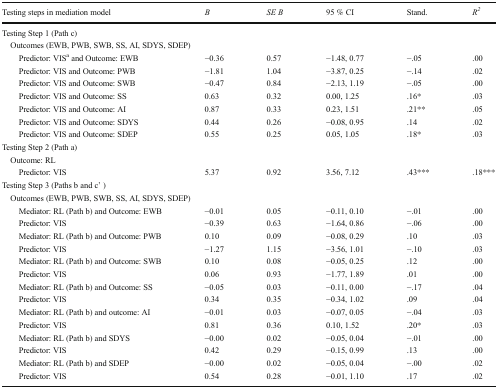
<table><thead><tr><td><b>Testing steps in mediation model</b></td><td><b><i>B</i></b></td><td><b><i>SE B</i></b></td><td><b>95 % CI</b></td><td><b>Stand.</b></td><td><b><i>R</i><sup><i>2</i></sup></b></td></tr></thead><tbody><tr><td colspan="6">Testing Step 1 (Path c)</td></tr><tr><td colspan="6"> Outcomes (EWB, PWB, SWB, SS, AI, SDYS, SDEP)</td></tr><tr><td>Predictor: VIS<sup>a</sup> and Outcome: EWB</td><td>−0.36</td><td>0.57</td><td>−1.48, 0.77</td><td>−.05</td><td>.00</td></tr><tr><td>Predictor: VIS and Outcome: PWB</td><td>−1.81</td><td>1.04</td><td>−3.87, 0.25</td><td>−.14</td><td>.02</td></tr><tr><td>Predictor: VIS and Outcome: SWB</td><td>−0.47</td><td>0.84</td><td>−2.13, 1.19</td><td>−.05</td><td>.00</td></tr><tr><td>Predictor: VIS and Outcome: SS</td><td>0.63</td><td>0.32</td><td>0.00, 1.25</td><td>.16*</td><td>.03</td></tr><tr><td>Predictor: VIS and Outcome: AI</td><td>0.87</td><td>0.33</td><td>0.23, 1.51</td><td>.21**</td><td>.05</td></tr><tr><td>Predictor: VIS and Outcome: SDYS</td><td>0.44</td><td>0.26</td><td>−0.08, 0.95</td><td>.14</td><td>.02</td></tr><tr><td>Predictor: VIS and Outcome: SDEP</td><td>0.55</td><td>0.25</td><td>0.05, 1.05</td><td>.18*</td><td>.03</td></tr><tr><td colspan="6">Testing Step 2 (Path a)</td></tr><tr><td colspan="6"> Outcome: RL</td></tr><tr><td>Predictor: VIS</td><td>5.37</td><td>0.92</td><td>3.56, 7.12</td><td>.43***</td><td>.18***</td></tr><tr><td colspan="6">Testing Step 3 (Paths b and c’ )</td></tr><tr><td colspan="6"> Outcomes (EWB, PWB, SWB, SS, AI, SDYS, SDEP)</td></tr><tr><td>Mediator: RL (Path b) and Outcome: EWB</td><td>−0.01</td><td>0.05</td><td>−0.11, 0.10</td><td>−.01</td><td>.00</td></tr><tr><td>Predictor: VIS</td><td>−0.39</td><td>0.63</td><td>−1.64, 0.86</td><td>−.06</td><td>.00</td></tr><tr><td>Mediator: RL (Path b) and Outcome: PWB</td><td>0.10</td><td>0.09</td><td>−0.08, 0.29</td><td>.10</td><td>.03</td></tr><tr><td>Predictor: VIS</td><td>−1.27</td><td>1.15</td><td>−3.56, 1.01</td><td>−.10</td><td>.03</td></tr><tr><td>Mediator: RL (Path b) and Outcome: SWB</td><td>0.10</td><td>0.08</td><td>−0.05, 0.25</td><td>.12</td><td>.00</td></tr><tr><td>Predictor: VIS</td><td>0.06</td><td>0.93</td><td>−1.77, 1.89</td><td>.01</td><td>.00</td></tr><tr><td>Mediator: RL (Path b) and Outcome: SS</td><td>−0.05</td><td>0.03</td><td>−0.11, 0.00</td><td>−.17</td><td>.04</td></tr><tr><td>Predictor: VIS</td><td>0.34</td><td>0.35</td><td>−0.34, 1.02</td><td>.09</td><td>.04</td></tr><tr><td>Mediator: RL (Path b) and outcome: AI</td><td>−0.01</td><td>0.03</td><td>−0.07, 0.05</td><td>−.04</td><td>.03</td></tr><tr><td>Predictor: VIS</td><td>0.81</td><td>0.36</td><td>0.10, 1.52</td><td>.20*</td><td>.03</td></tr><tr><td>Mediator: RL (Path b) and SDYS</td><td>−0.00</td><td>0.02</td><td>−0.05, 0.04</td><td>−.01</td><td>.00</td></tr><tr><td>Predictor: VIS</td><td>0.42</td><td>0.29</td><td>−0.15, 0.99</td><td>.13</td><td>.00</td></tr><tr><td>Mediator: RL (Path b) and SDEP</td><td>−0.00</td><td>0.02</td><td>−0.05, 0.04</td><td>−.00</td><td>.02</td></tr><tr><td>Predictor: VIS</td><td>0.54</td><td>0.28</td><td>−0.01, 1.10</td><td>.17</td><td>.02</td></tr></tbody></table>